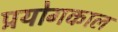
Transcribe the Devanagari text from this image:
प्रयोगकाल